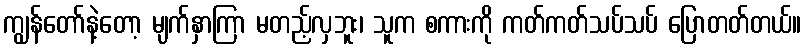
ကျွန်တော်နဲ့တော့ မျက်နှာကြာ မတည့်လှဘူး၊ သူက စကားကို ကတ်ကတ်သပ်သပ် ပြောတတ်တယ်။